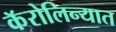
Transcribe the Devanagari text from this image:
कॅरोलिन्यात